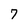
Character: 7